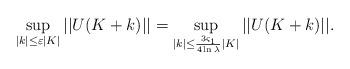
LaTeX: \begin{align*} \sup_{|k|\leq \varepsilon |K |}|| U(K +k)||=\sup_{|k|\leq \frac{3\varsigma_1}{4\ln\lambda}|K|} || U(K +k)||. \end{align*}